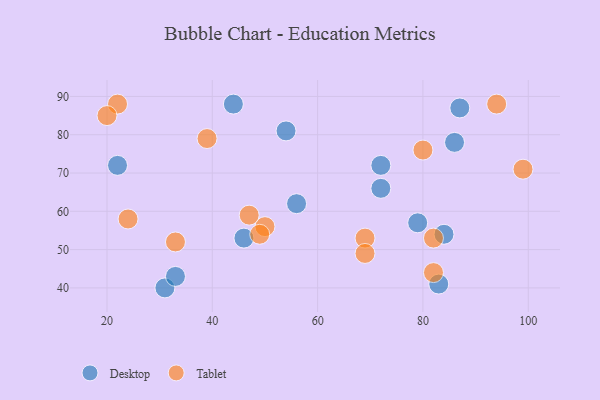
{"axis": {"x": "GDP", "y": "Life Expectancy"}, "legend": ["Desktop", "Tablet"], "data": [{"x": "22", "y": 72, "type": "Desktop"}, {"x": "84", "y": 54, "type": "Desktop"}, {"x": "46", "y": 53, "type": "Desktop"}, {"x": "83", "y": 41, "type": "Desktop"}, {"x": "31", "y": 40, "type": "Desktop"}, {"x": "72", "y": 66, "type": "Desktop"}, {"x": "79", "y": 57, "type": "Desktop"}, {"x": "86", "y": 78, "type": "Desktop"}, {"x": "87", "y": 87, "type": "Desktop"}, {"x": "54", "y": 81, "type": "Desktop"}, {"x": "56", "y": 62, "type": "Desktop"}, {"x": "72", "y": 72, "type": "Desktop"}, {"x": "33", "y": 43, "type": "Desktop"}, {"x": "44", "y": 88, "type": "Desktop"}, {"x": "69", "y": 53, "type": "Tablet"}, {"x": "99", "y": 71, "type": "Tablet"}, {"x": "82", "y": 44, "type": "Tablet"}, {"x": "22", "y": 88, "type": "Tablet"}, {"x": "33", "y": 52, "type": "Tablet"}, {"x": "80", "y": 76, "type": "Tablet"}, {"x": "50", "y": 56, "type": "Tablet"}, {"x": "94", "y": 88, "type": "Tablet"}, {"x": "47", "y": 59, "type": "Tablet"}, {"x": "82", "y": 53, "type": "Tablet"}, {"x": "24", "y": 58, "type": "Tablet"}, {"x": "39", "y": 79, "type": "Tablet"}, {"x": "49", "y": 54, "type": "Tablet"}, {"x": "20", "y": 85, "type": "Tablet"}, {"x": "69", "y": 49, "type": "Tablet"}]}